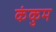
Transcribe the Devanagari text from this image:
कंकुम